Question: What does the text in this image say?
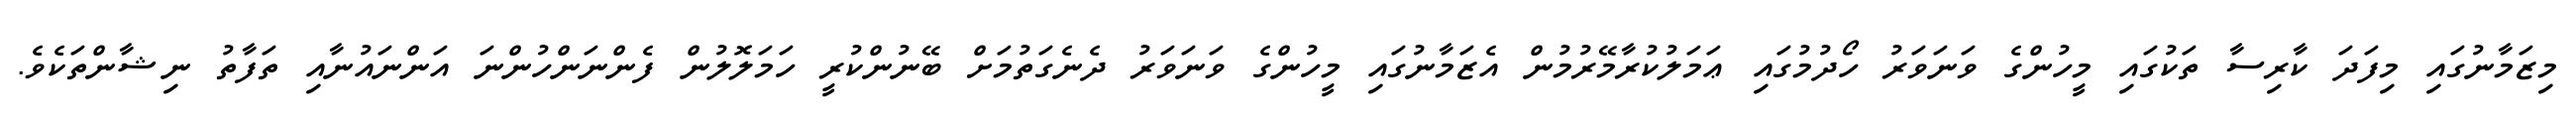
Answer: މިޒަމާނުގައި މިފަދަ ކާރިސާ ތަކުގައި މީހުންގެ ވަނަވަރު ހޯދުމުގައި ޢަމަލުކުރާމޭރުމުން އެޒަމާނުގައި މީހުންގެ ވަނަވަރު ދެނެގަތުމަށް ބޭނުންކުރީ ހަމަލޮލުން ފެންނަންހުންނަ އަންނައުނާއި ތަފާތު ނިޝާންތަކެވެ.